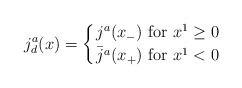
\begin{align*}j^a_d(x) = \left\{ {j^a(x_-) \ {\rm for} \ x^1 \geq 0 }\atop {\bar j^a( x_+) \ {\rm for} \ x^1 <0 }\right. \ \end{align*}